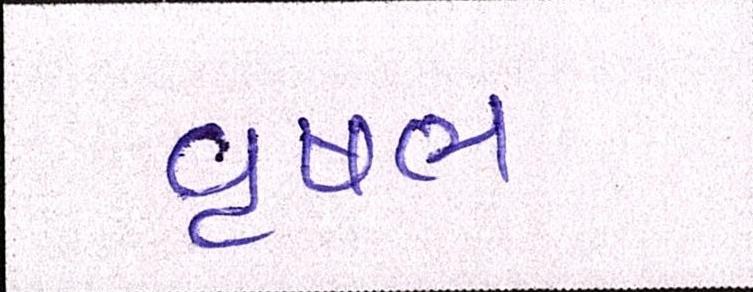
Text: વૃષભ